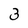
Character: 3